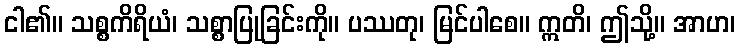
ငါ၏။ သစ္စကိရိယံ၊ သစ္စာပြုခြင်းကို။ ပဿတု၊ မြင်ပါစေ။ ဣတိ၊ ဤသို့။ အာဟ၊